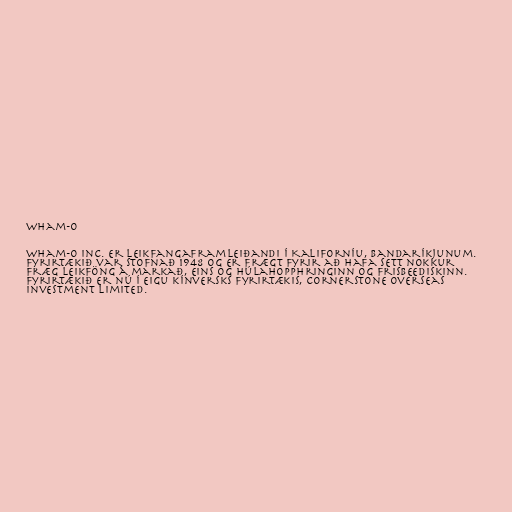
Wham-O

Wham-O Inc. er leikfangaframleiðandi í Kaliforníu, Bandaríkjunum.
Fyrirtækið var stofnað 1948 og er frægt fyrir að hafa sett nokkur
fræg leikföng á markað, eins og húlahopphringinn og frisbeediskinn.
Fyrirtækið er nú í eigu kínversks fyrirtækis, Cornerstone Overseas
Investment Limited.